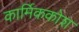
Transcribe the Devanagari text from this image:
कार्मिककोश